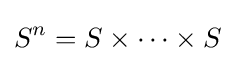
S^{n}=S\times \dots \times S